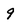
Character: 9